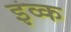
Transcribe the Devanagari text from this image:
इव्क